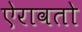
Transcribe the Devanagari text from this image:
ऐरावतो